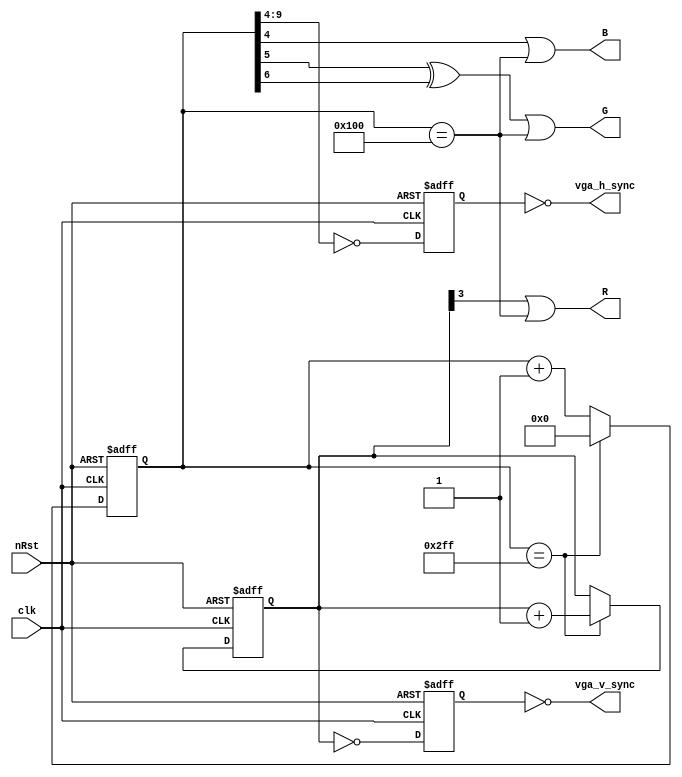
`timescale 1ns/1ps
module vga_out(
	input	   clk,
	input	   nRst,
	output	vga_h_sync,
	output	vga_v_sync,
	output	R,	  
	output	G,	  
	output	B	  
);

	reg		      vga_HS;
	reg		      vga_VS;
	reg 	[9:0] 	CounterX;
	reg 	[8:0] 	CounterY;
	wire 		      CounterXmaxed 	= (CounterX==767);
	
	assign 		vga_h_sync 	= ~vga_HS;
	assign 		vga_v_sync 	= ~vga_VS;
	assign 		R 		      = CounterY[3] | (CounterX==256);
	assign 		G 		      = (CounterX[5] ^ CounterX[6]) | (CounterX==256);
	assign 		B 		      = CounterX[4] | (CounterX==256);


	always @(posedge clk or negedge nRst) begin
      if(!nRst) begin
         vga_HS   <= 'b0;
         vga_VS   <= 'b0;
         CounterX <= 'b0;
         CounterY <= 'b0;
      end else begin
         if(CounterXmaxed)
	  	   	CounterX <= 0;
		   else
	  	   	CounterX <= CounterX + 1;	
		   if(CounterXmaxed)
		       	CounterY <= CounterY + 1;
	  	   vga_HS <= (CounterX[9:4]==0);  	// active for 16 clocks
	  	   vga_VS <= (CounterY==0);   	   // active for 768 clocks
	   end
   end
endmodule